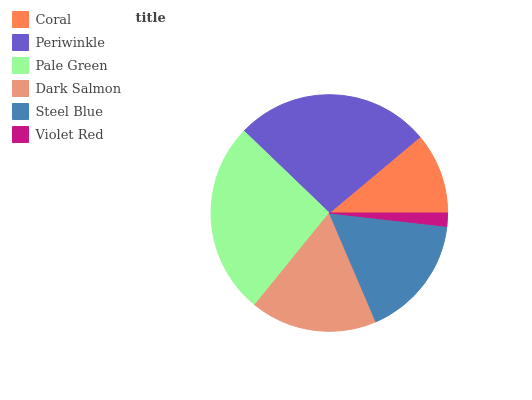
| Coral | Periwinkle | Pale Green | Dark Salmon | Steel Blue | Violet Red |
 | --- | --- | --- | --- | --- | --- |
 | 11.1% | 26.7% | 26.3% | 17.4% | 16.7% | 1.8% |